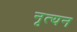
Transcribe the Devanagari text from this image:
नृत्यन